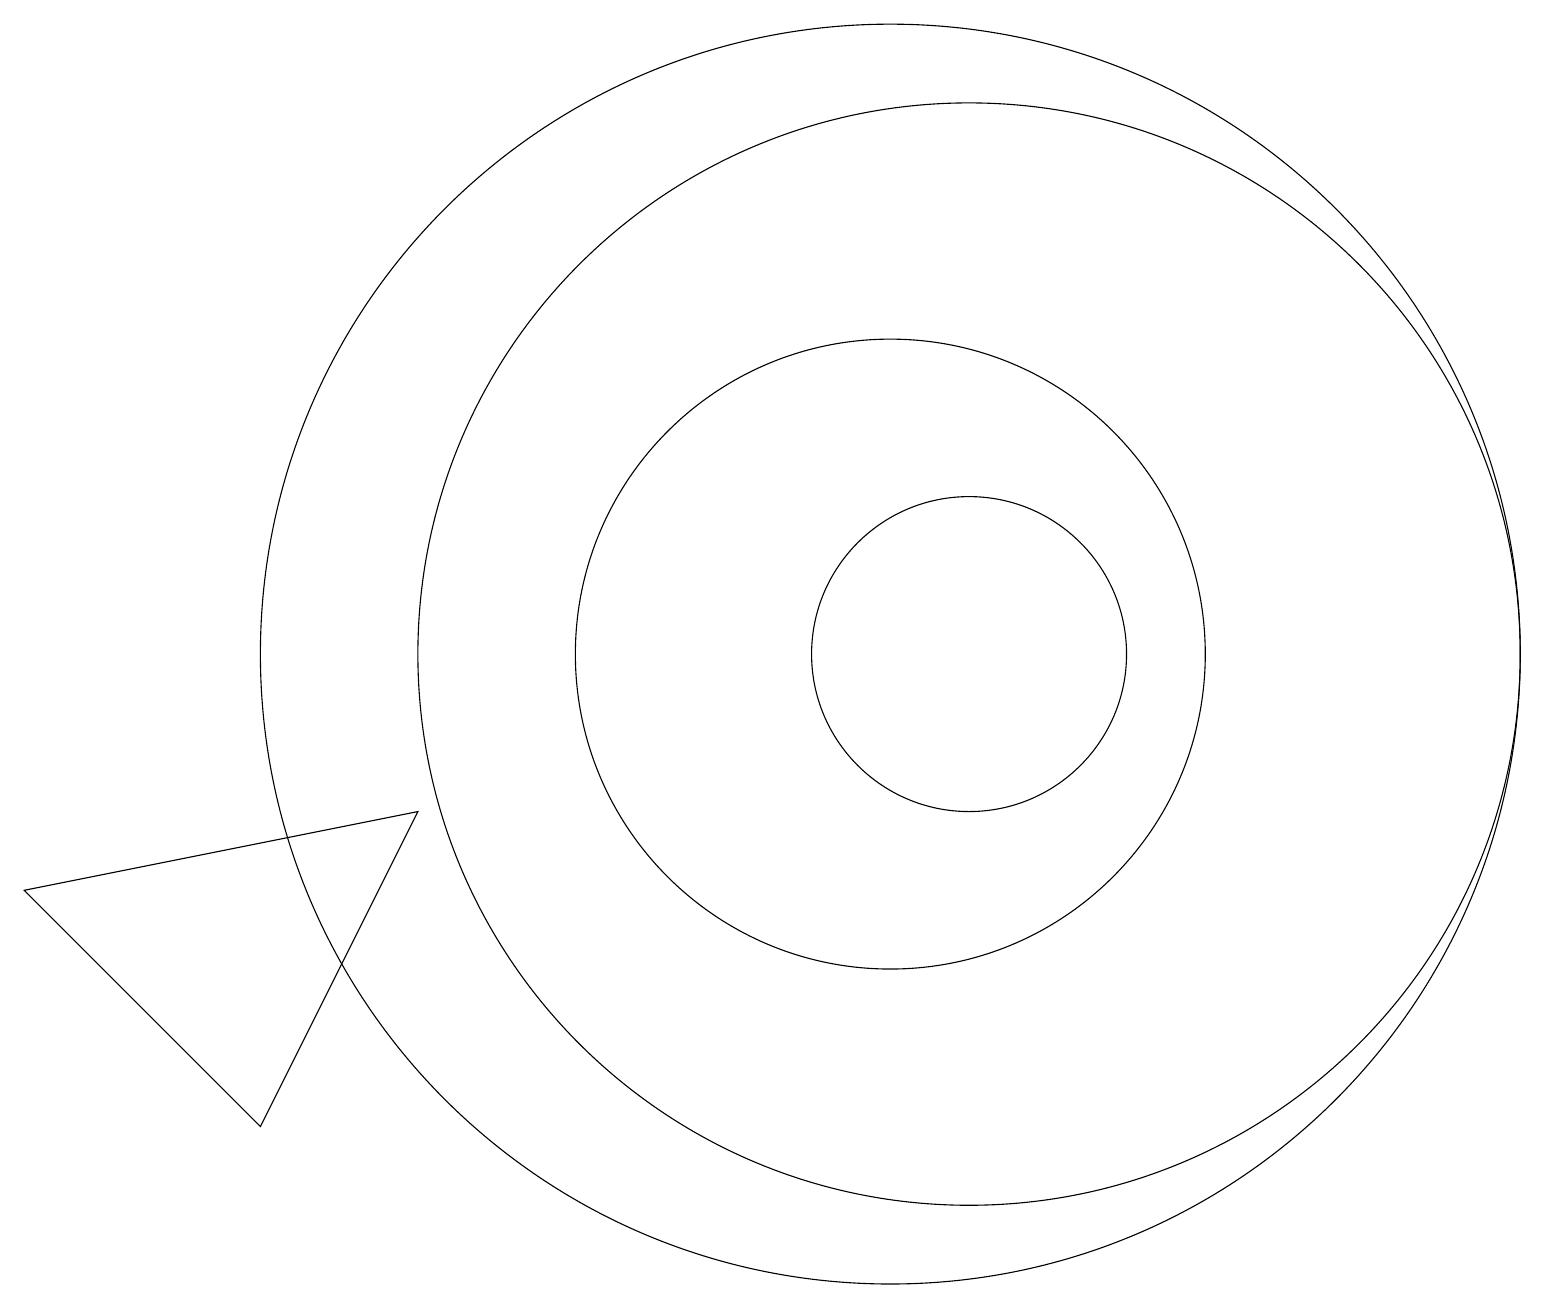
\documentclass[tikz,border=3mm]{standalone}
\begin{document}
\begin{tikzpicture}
\draw (12,10) circle (2);
\draw (12,10) circle (7);
\draw (11,10) circle (8);
\draw (3,4) -- (5,8) -- (0,7) -- cycle;
\draw (11,10) circle (4);
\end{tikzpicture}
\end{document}